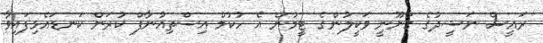
ރައީސް ނަޝީދުގެ ގާނޫނީ ވަކީލުންގެ ޓީމުން އެ ހުކުމް އިސްތިއުނާފް ކުރަން ކަނޑައެޅިފައިވާ